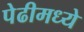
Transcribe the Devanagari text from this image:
पेढीमध्ये